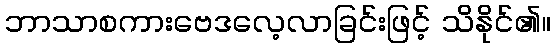
ဘာသာစကားဗေဒလေ့လာခြင်းဖြင့် သိနိုင်၏။